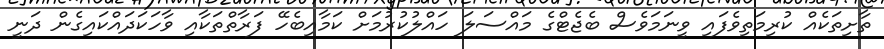
ތާށިތަކެއް ކުރިމަތިވެފައި ވީނަމަވެސް ބެޖެޓްގެ މައްސަލަ ހައްލުކުރުމަށް ކަމާއިބެހޭ ފަރާތްތަކާއި ވާހަކަދައްކައިގެން ދަނީ